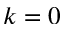
k = 0